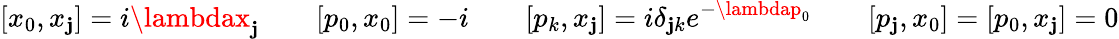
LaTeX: [x_{0},x_{\mathbf{j}}]=i\lambdax_{\mathbf{j}}\qquad[p_{0},x_{0}]=-i\qquad[p_{k},x_{\mathbf{j}}]=i\delta_{\mathbf{j}k}e^{-\lambdap_{0}}\qquad[p_{\mathbf{j}},x_{0}]=[p_{0},x_{\mathbf{j}}]=0